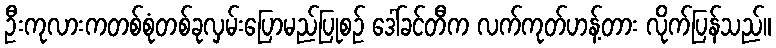
ဦးကုလားကတစ်စုံတစ်ခုလှမ်းပြောမည်ပြုစဉ် ဒေါ်ခင်တီက လက်ကုတ်ဟန့်တား လိုက်ပြန်သည်။